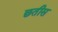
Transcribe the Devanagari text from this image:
छतीस